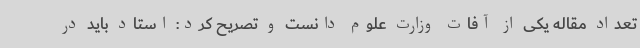
تعداد مقاله یکی از آفات وزارت علوم دانست و تصریح کرد: استاد باید در